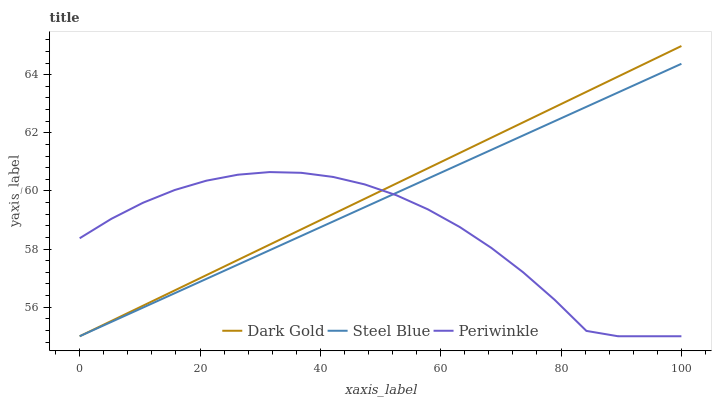
| xaxis_label | Dark Gold | Steel Blue | Periwinkle |
 | --- | --- | --- | --- |
 | 0 | 55 | 55 | 58.4 |
 | 5.26 | 55.5 | 55.5 | 59 |
 | 10.5 | 56.1 | 56 | 59.6 |
 | 15.8 | 56.6 | 56.5 | 60 |
 | 21.1 | 57.1 | 57 | 60.4 |
 | 26.3 | 57.6 | 57.5 | 60.6 |
 | 31.6 | 58.2 | 58 | 60.6 |
 | 36.8 | 58.7 | 58.5 | 60.6 |
 | 42.1 | 59.2 | 58.9 | 60.5 |
 | 47.4 | 59.7 | 59.4 | 60.2 |
 | 52.6 | 60.3 | 59.9 | 59.9 |
 | 57.9 | 60.8 | 60.4 | 59.4 |
 | 63.2 | 61.3 | 60.9 | 58.8 |
 | 68.4 | 61.8 | 61.4 | 58 |
 | 73.7 | 62.4 | 61.9 | 57.2 |
 | 78.9 | 62.9 | 62.4 | 56.3 |
 | 84.2 | 63.4 | 62.9 | 55.2 |
 | 89.5 | 63.9 | 63.4 | 55 |
 | 94.7 | 64.5 | 63.9 | 55 |
 | 100 | 65 | 64.4 | 55 |